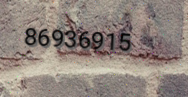
86936915